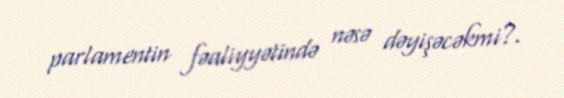
parlamentin fəaliyyətində nəsə dəyişəcəkmi?.